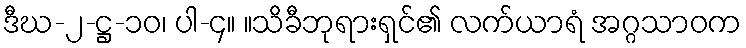
ဒီဃ-၂-ဋ္ဌ-၁၀၊ ပါ-၄။ ။သိခီဘုရားရှင်၏ လက်ယာရံ အဂ္ဂသာဝက